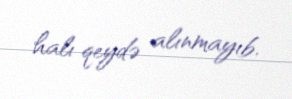
halı qeydə alınmayıb.